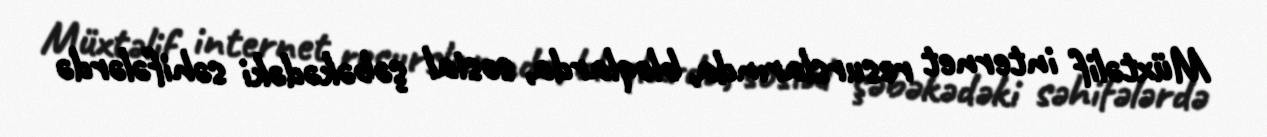
Müxtəlif internet resurslarında, bloqlarda, sosial şəbəkədəki səhifələrdə